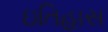
ઇતિહાસ